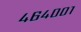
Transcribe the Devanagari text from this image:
४६४००१